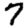
Digit: 7